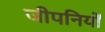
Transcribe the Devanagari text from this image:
जीपनियों